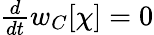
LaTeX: \begin{array}{r}{{\frac{d}{dt}}w_{C}[\chi]=0}\end{array}